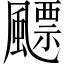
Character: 飃